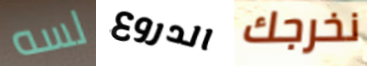
لسه الدروع نخرجك